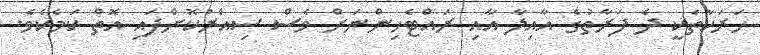
ހަރަކާތަކީ ދެ ފަރާތުގެ އާއިލާ އާއި ރައްޓެހިންނަށް ވެސް ސިއްރުކޮށްފައި އޮތް ކަމެކެވެ.